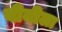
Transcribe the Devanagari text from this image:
वीनीला